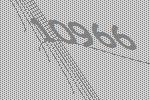
10966